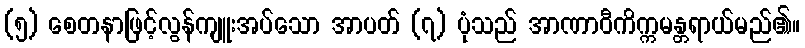
(၅) စေတနာဖြင့်လွန်ကျူးအပ်သော အာပတ် (၇) ပုံသည် အာဏာဝီကိက္ကမန္တရာယ်မည်၏။